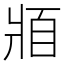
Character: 𰠓